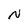
Character: N